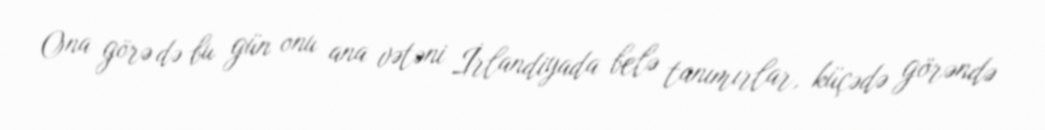
Ona görə də bu gün onu ana vətəni İrlandiyada belə tanımırlar, küçədə görəndə